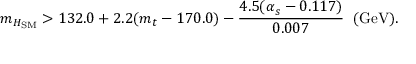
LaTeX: m _ { H _ { \mathrm { S M } } } > 1 3 2 . 0 + 2 . 2 ( m _ { t } - 1 7 0 . 0 ) - { \frac { 4 . 5 ( \alpha _ { s } - 0 . 1 1 7 ) } { 0 . 0 0 7 } } \; \; ( \mathrm { G e V } ) .